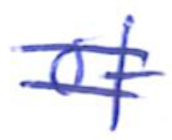
Text: of
Cross-out: mix
Writing tool: ballpoint